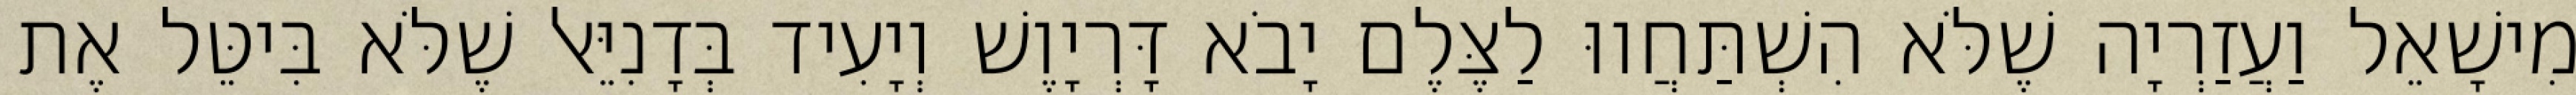
מִישָׁאֵל וַעֲזַרְיָה שֶׁלֹּא הִשְׁתַּחֲווּ לַצֶּלֶם יָבֹא דָּרְיָוֶשׁ וְיָעִיד בְּדָנִיֵּאל שֶׁלֹּא בִּיטֵּל אֶת